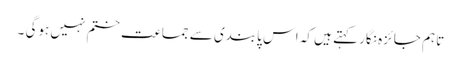
تاہم جائزہ نگار کہتے ہیں کہ اس پابندی سے جماعت ختم نہیں ہوگی ۔